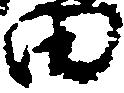
田